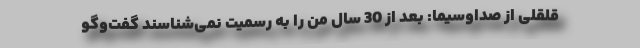
قلقلی از صداوسیما: بعد از 30 سال من را به رسمیت نمی‌شناسند گفت‌وگو